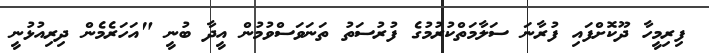
ފިރިމީހާ ދޫކޮށްފައި ފުރާނަ ސަލާމަތްކުރުމުގެ ފުރުސަތު ތަނަވަސްވުމުން އީދާ ބުނީ "އަހަރެމެން ދިރިއުޅުނީ